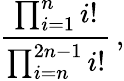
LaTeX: {\frac{\prod_{i=1}^{n}i!}{\prod_{i=n}^{2n-1}i!}}\, ,